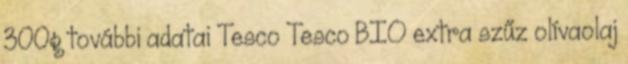
300g további adatai Tesco Tesco BIO extra szűz olívaolaj